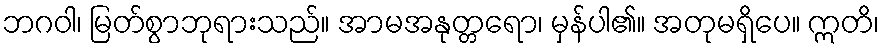
ဘဂဝါ၊ မြတ်စွာဘုရားသည်။ အာမအနုတ္တရော၊ မှန်ပါ၏။ အတုမရှိပေ။ ဣတိ၊